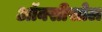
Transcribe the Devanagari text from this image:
ऑक्सीसोल